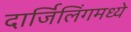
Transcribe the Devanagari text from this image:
दार्जिलिंगमध्ये